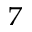
^ 7